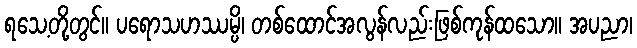
ရသေ့တို့တွင်။ ပရောသဟဿမ္ပိ၊ တစ်ထောင်အလွန်လည်းဖြစ်ကုန်ထသော။ အပညာ၊